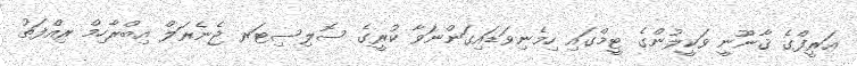
އަރީފްގެ ޤާނޫނީ ވަކީލުންގެ ޓީމްގައި ހިމެނިވަޑައިގަންނަވާ ކުރީގެ ސޮލިސިޓަރ ޖެނެރަލް އިބްރާހިމް ރިއްފަތު